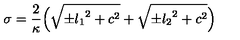
\sigma = \frac { 2 } { \kappa } \Bigl ( { \sqrt { { \pm } { l _ { 1 } } ^ { 2 } + c ^ { 2 } } } + { \sqrt { { \pm } { l _ { 2 } } ^ { 2 } + c ^ { 2 } } } \Bigr )